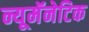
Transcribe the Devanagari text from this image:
न्यूमॅनेटिक